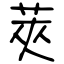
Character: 莢